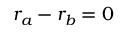
r _ { a } - r _ { b } = 0